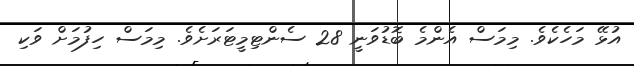
އުޅޭ މަހެކެވެ. މިމަސް އެންމެ ބޮޑުވަނީ 28 ސެންޓިމީޓަރަށެވެ. މިމަސް ހިފުމަށް ވަކި